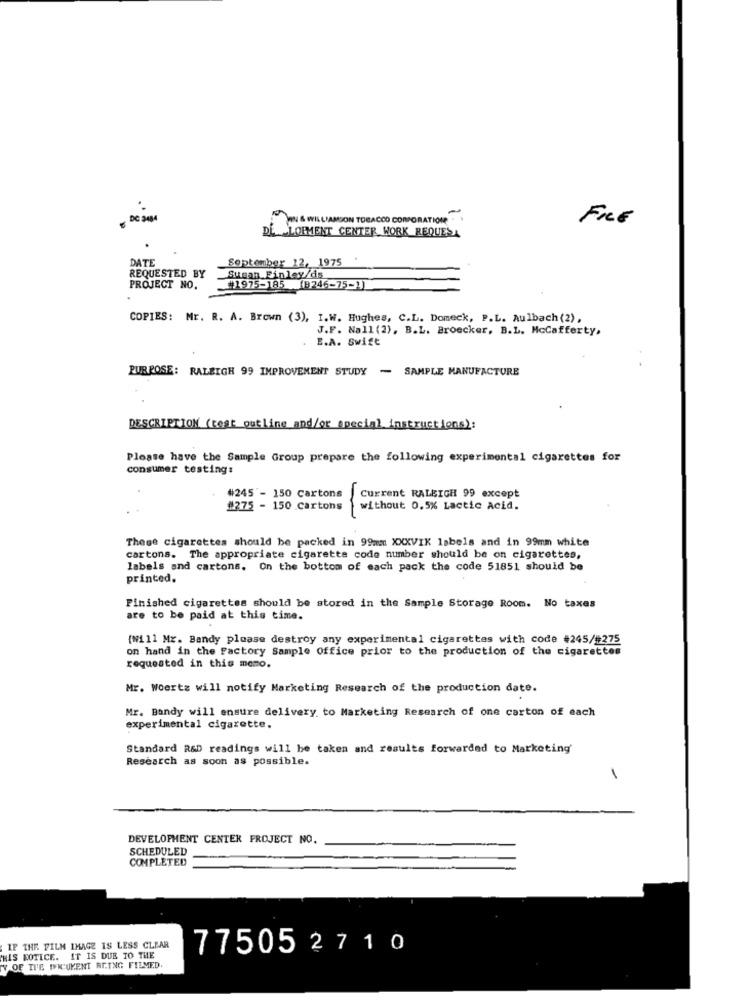
DC 304
WIN & WILLIAMSON TOBACCO CORPORATION .
FILE
DE. _ LOPMENT CENTER WORK REQUESA
DATE
September 12, 1975
REQUESTED BY
Susan Finley/ds
PROJECT NO.
_1975-185 (B246-75-1)
COPIES: Mr. R. A. Brown (3), I.W. Hughes, C.L. Domeck, P.L. Aulbach (2),
J.F. Nall (2), B.L. Broecker, B.L. McCafferty,
E.A. Swift
PURPOSE: RALEIGH 99 IMPROVEMENT STUDY
-
SAMPLE MANUFACTURE
DESCRIPTION (cest outline and/or special instructions):
Please have the Sample Group prepare the following experimental cigarettes for
consumer testing:
#245 - 150 Cartons
Current RALEIGH 99 except
#275 - 150 Cartons
without 0.5% Lactic Acid.
These cigarettes should be packed in 99mm XXXVIK labels and in 99mm white
cartons. The appropriate cigarette code number should be on cigarettes,
labels and cartons. On the bottom of each pack the code 51851 should be
printed.
Finished cigarettes should be stored in the Sample Storage Room. No taxes
are to be paid at this time.
{W111 Mr. Bandy please destroy any experimental cigarettes with code #245/#275
on hand in the Factory Sample Office prior to the production of the cigarettes
requested in this memo.
Mr. Woertz will notify Marketing Research of the production date.
Mr. Bandy will ensure delivery to Marketing Research of one carton of each
experimental cigarette.
Standard R&D readings will be taken and results forwarded to Marketing'
Research as soon as possible.
DEVELOPMENT CENTER PROJECT NO.
SCHEDULED
COMPLETED
IF THE FILM IMAGE IS LESS CLEAR
77505 2710
HIS NOTICE. IT IS DUE TO THE
Y OF THE PK'UKENT BEING FILMED.